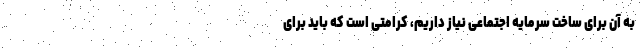
به آن برای ساخت سرمایه اجتماعی نیاز داریم، کرامتی است که باید برای